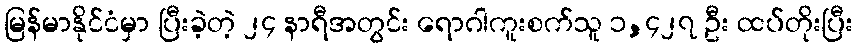
မြန်မာနိုင်ငံမှာ ပြီးခဲ့တဲ့ ၂၄ နာရီအတွင်း ရောဂါကူးစက်သူ ၁,၄၂၇ ဦး ထပ်တိုးပြီး